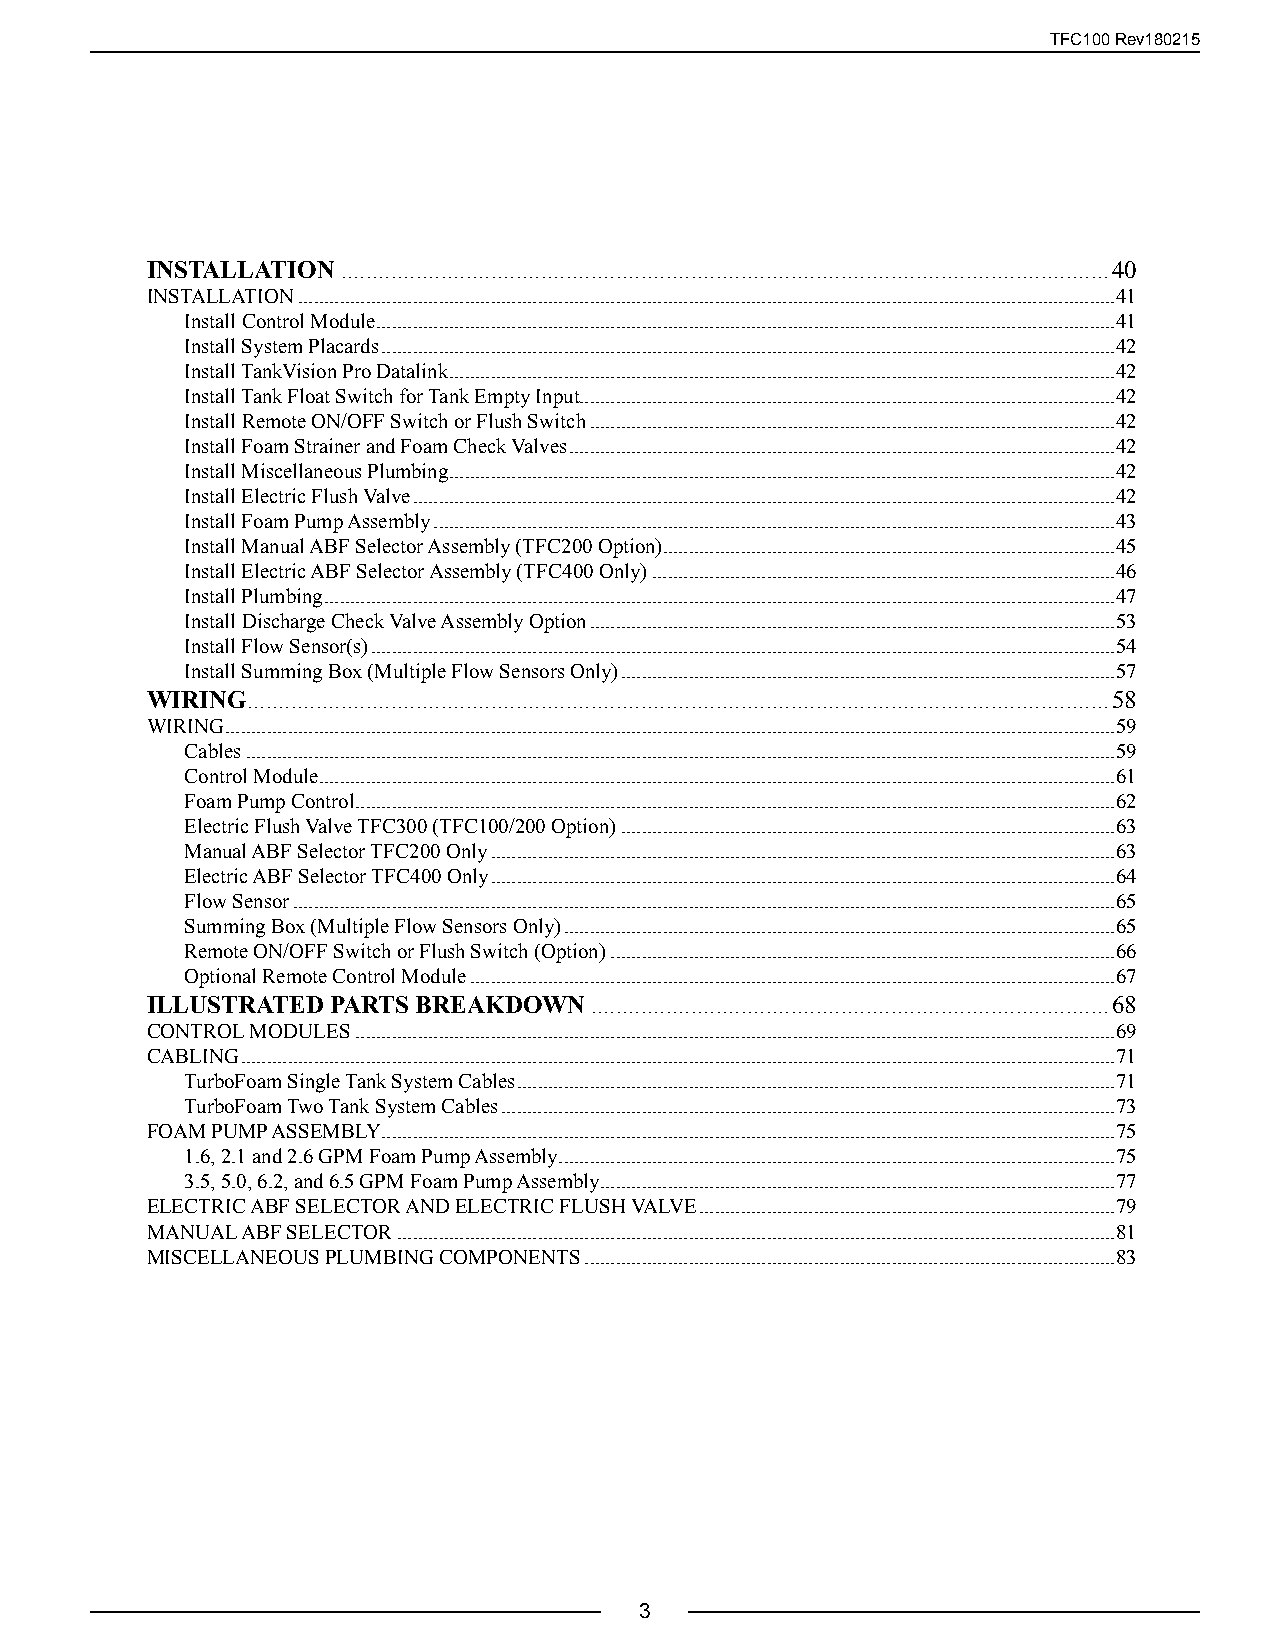
TFC100 Rev180215
 INSTALLATION ...........................................................................................................................40
 INSTALLATION .............................................................................................................................................................41
 Install Control Module ..............................................................................................................................................41
 Install System Placards .............................................................................................................................................42
 Install TankVision Pro Datalink ................................................................................................................................42
 Install Tank Float Switch for Tank Empty Input.......................................................................................................42
 Install Remote ON/OFF Switch or Flush Switch .....................................................................................................42
 Install Foam Strainer and Foam Check Valves .........................................................................................................42
 Install Miscellaneous Plumbing ................................................................................................................................42
 Install Electric Flush Valve .......................................................................................................................................42
 Install Foam Pump Assembly ...................................................................................................................................43
 Install Manual ABF Selector Assembly (TFC200 Option) .......................................................................................45
 Install Electric ABF Selector Assembly (TFC400 Only) .........................................................................................46
 Install Plumbing ........................................................................................................................................................47
 Install Discharge Check Valve Assembly Option .....................................................................................................53
 Install Flow Sensor(s) ...............................................................................................................................................54
 Install Summing Box (Multiple Flow Sensors Only) ...............................................................................................57
 WIRING..........................................................................................................................................58
 WIRING ...........................................................................................................................................................................59
 Cables .......................................................................................................................................................................59
 Control Module .........................................................................................................................................................61
 Foam Pump Control ..................................................................................................................................................62
 Electric Flush Valve TFC300 (TFC100/200 Option) ...............................................................................................63
 Manual ABF Selector TFC200 Only ........................................................................................................................63
 Electric ABF Selector TFC400 Only ........................................................................................................................64
 Flow Sensor ..............................................................................................................................................................65
 Summing Box (Multiple Flow Sensors Only) ..........................................................................................................65
 Remote ON/OFF Switch or Flush Switch (Option) .................................................................................................66
 Optional Remote Control Module ............................................................................................................................67
 ILLUSTRATED PARTS BREAKDOWN  ...................................................................................68
 CONTROL MODULES ..................................................................................................................................................69
 CABLING ........................................................................................................................................................................71
 TurboFoam Single Tank System Cables ...................................................................................................................71
 TurboFoam Two Tank System Cables ......................................................................................................................73
 FOAM PUMP ASSEMBLY .............................................................................................................................................75
 1.6, 2.1 and 2.6 GPM Foam Pump Assembly ...........................................................................................................75
 3.5, 5.0, 6.2, and 6.5 GPM Foam Pump Assembly ...................................................................................................77
 ELECTRIC ABF SELECTOR AND ELECTRIC FLUSH VALVE ................................................................................79
 MANUAL ABF SELECTOR ..........................................................................................................................................81
 MISCELLANEOUS PLUMBING COMPONENTS ......................................................................................................83
 3